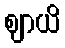
ဈာယိ